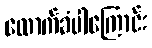
ထောက်ခံပါကြောင်း